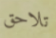
تلاحق